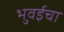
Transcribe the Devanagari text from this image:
भुवईचा